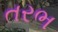
તરભ